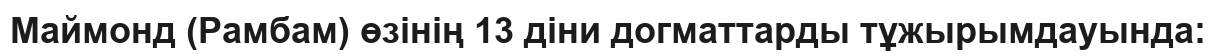
Маймонд (Рамбам) өзінің 13 діни догматтарды тұжырымдауында: